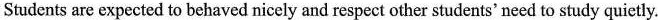
Students are expected to behaved nicely and respect other students'need to study quietly.